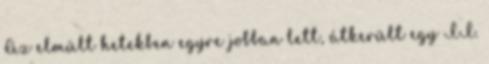
Az elmúlt hetekben egyre jobban lett, átkerült egy II.